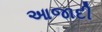
આજાદી